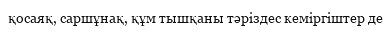
қосаяқ, саршұнақ, құм тышқаны тәріздес кеміргіштер де